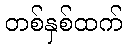
တစ်နှစ်ထက်